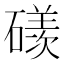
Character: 𥖄